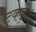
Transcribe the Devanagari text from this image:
टुकड़े।